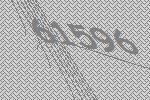
61596